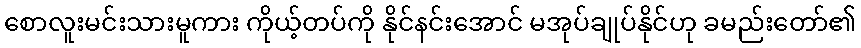
စောလူးမင်းသားမူကား ကိုယ့်တပ်ကို နိုင်နင်းအောင် မအုပ်ချုပ်နိုင်ဟု ခမည်းတော်၏